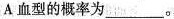
A 血型的概率为___。